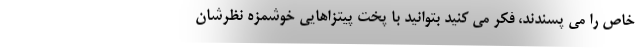
خاص را می پسندند، فکر می کنید بتوانید با پخت پیتزاهایی خوشمزه نظرشان